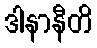
ဒါနာနီတိ